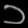
Digit: ၁